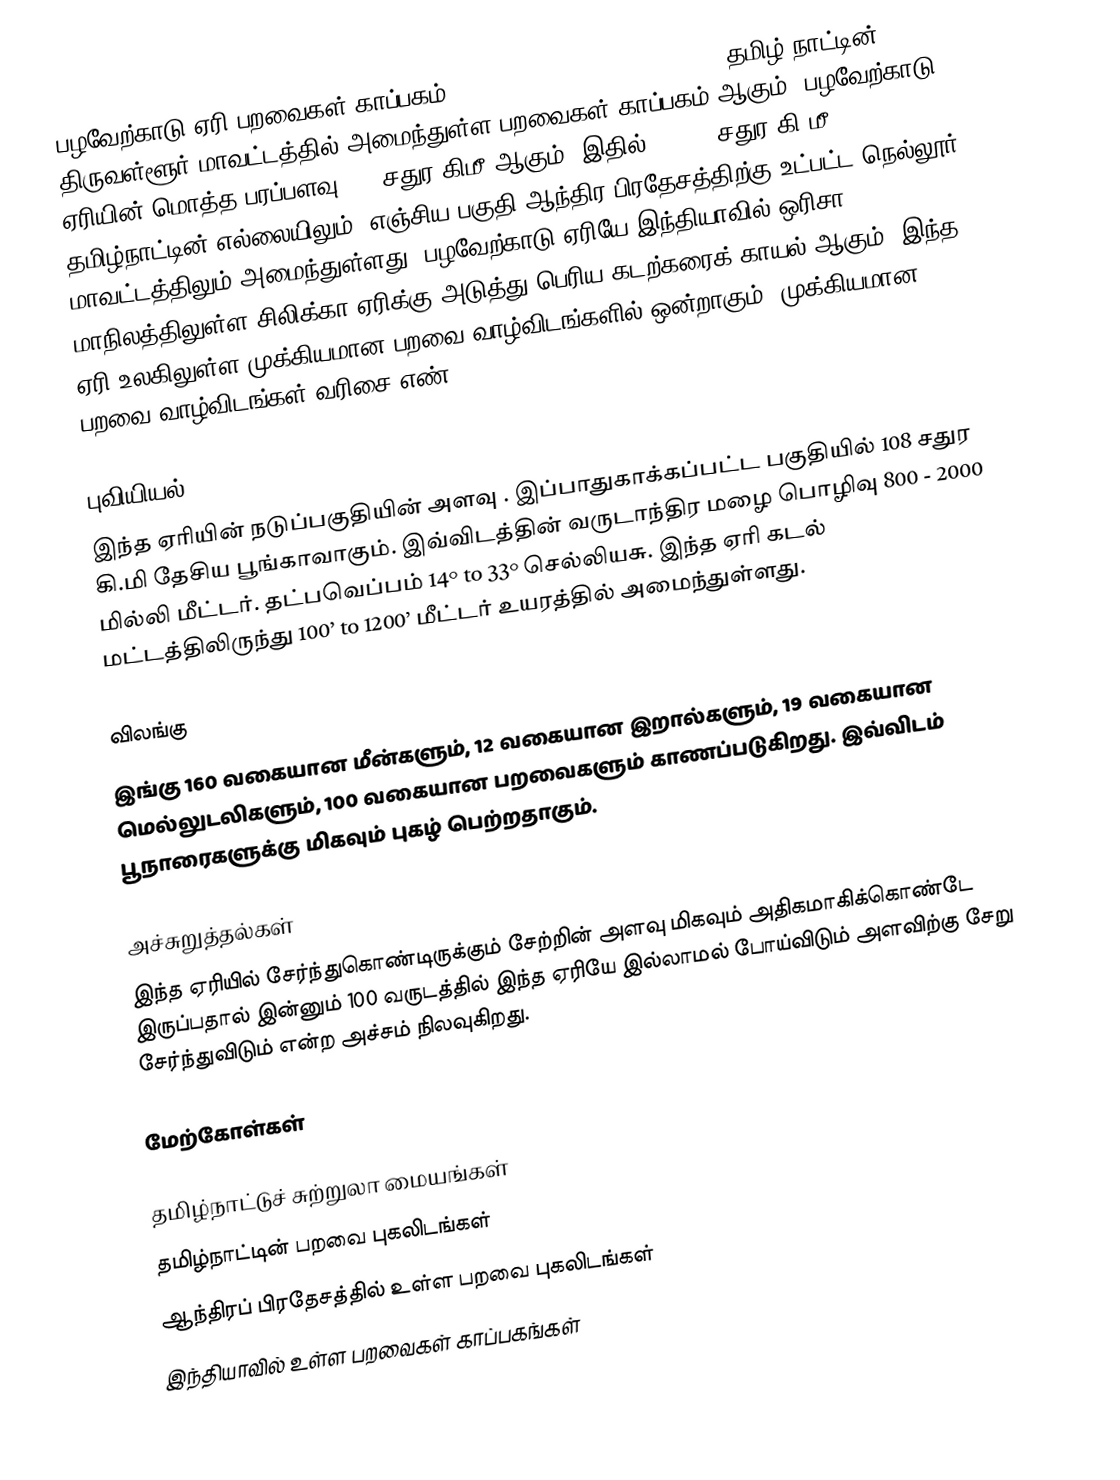
பழவேற்காடு ஏரி பறவைகள் காப்பகம் (Pulicat Lake Bird Sanctuary) தமிழ் நாட்டின் திருவள்ளூர் மாவட்டத்தில் அமைந்துள்ள பறவைகள் காப்பகம் ஆகும். பழவேற்காடு ஏரியின் மொத்த பரப்பளவு  481 சதுர கிமீ ஆகும். இதில் 153.67 சதுர கி.மீ. தமிழ்நாட்டின் எல்லையிலும், எஞ்சிய பகுதி ஆந்திர பிரதேசத்திற்கு உட்பட்ட நெல்லூர் மாவட்டத்திலும் அமைந்துள்ளது. பழவேற்காடு ஏரியே இந்தியாவில் ஒரிசா மாநிலத்திலுள்ள சிலிக்கா ஏரிக்கு அடுத்து பெரிய கடற்கரைக் காயல் ஆகும். இந்த ஏரி உலகிலுள்ள முக்கியமான பறவை வாழ்விடங்களில் ஒன்றாகும் (முக்கியமான பறவை வாழ்விடங்கள் வரிசை எண்:IN261).

புவியியல்
இந்த ஏரியின் நடுப்பகுதியின் அளவு . இப்பாதுகாக்கப்பட்ட பகுதியில் 108 சதுர கி.மி தேசிய பூங்காவாகும். இவ்விடத்தின் வருடாந்திர மழை பொழிவு 800 - 2000 மில்லி மீட்டர். தட்பவெப்பம் 14° to 33° செல்லியசு. இந்த ஏரி கடல் மட்டத்திலிருந்து 100’ to 1200’ மீட்டர் உயரத்தில் அமைந்துள்ளது.

விலங்கு
இங்கு 160 வகையான மீன்களும், 12 வகையான இறால்களும், 19 வகையான மெல்லுடலிகளும், 100 வகையான பறவைகளும் காணப்படுகிறது. இவ்விடம் பூநாரைகளுக்கு மிகவும் புகழ் பெற்றதாகும்.

அச்சுறுத்தல்கள்
இந்த ஏரியில் சேர்ந்துகொண்டிருக்கும் சேற்றின் அளவு மிகவும் அதிகமாகிக்கொண்டே இருப்பதால் இன்னும் 100 வருடத்தில் இந்த ஏரியே இல்லாமல் போய்விடும் அளவிற்கு சேறு சேர்ந்துவிடும் என்ற அச்சம் நிலவுகிறது.

மேற்கோள்கள்

தமிழ்நாட்டுச் சுற்றுலா மையங்கள்
தமிழ்நாட்டின் பறவை புகலிடங்கள்
ஆந்திரப் பிரதேசத்தில் உள்ள பறவை புகலிடங்கள்
இந்தியாவில் உள்ள பறவைகள் காப்பகங்கள்